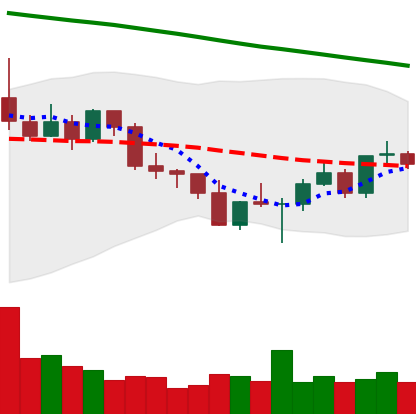
Ticker: ETC-USD
Chart end date: 2022-03-02
Forward return: -11.367%
Label: down_7plus